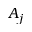
A _ { j }